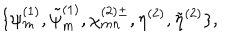
\{ \psi _ { m } ^ { ( 1 ) } , \tilde { \psi } _ { m } ^ { ( 1 ) } , \chi _ { m n } ^ { ( 2 ) \pm } , \eta ^ { ( 2 ) } , \tilde { \eta } ^ { ( 2 ) } \} ,